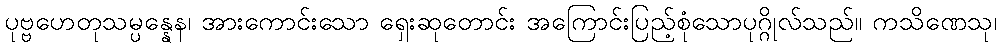
ပုဗ္ဗဟေတုသမ္ပန္နေန၊ အားကောင်းသော ရှေးဆုတောင်း အကြောင်းပြည့်စုံသောပုဂ္ဂိုလ်သည်။ ကသိဏေသု၊